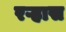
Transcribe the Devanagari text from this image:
रऱ्हास